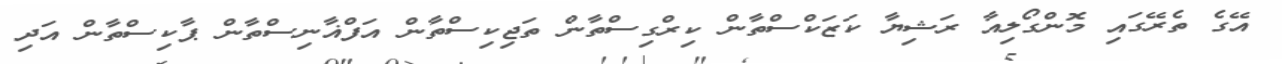
އޭގެ ތެރޭގައި މޮންގޯލިއާ ރަޝިޔާ ކަޒަކްސްތާން ކިރްގިސްތާން ތަޖިކިސްތާން އަފްޣާނިސްތާން ޕާކިސްތާން އަދި